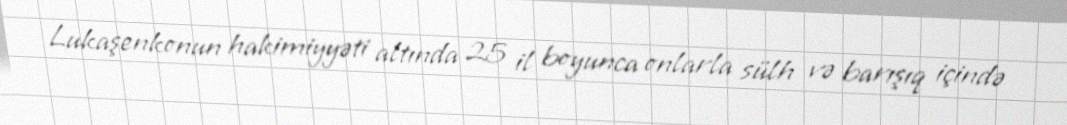
Lukaşenkonun hakimiyyəti altında 25 il boyunca onlarla sülh və barışıq içində